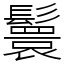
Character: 鬟